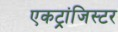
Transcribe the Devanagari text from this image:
एकट्रांजिस्टर